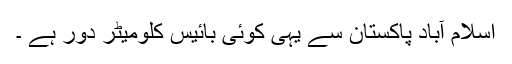
اسلام آباد پاکستان سے یہی کوئی بائیس کلومیٹر دور ہے ۔